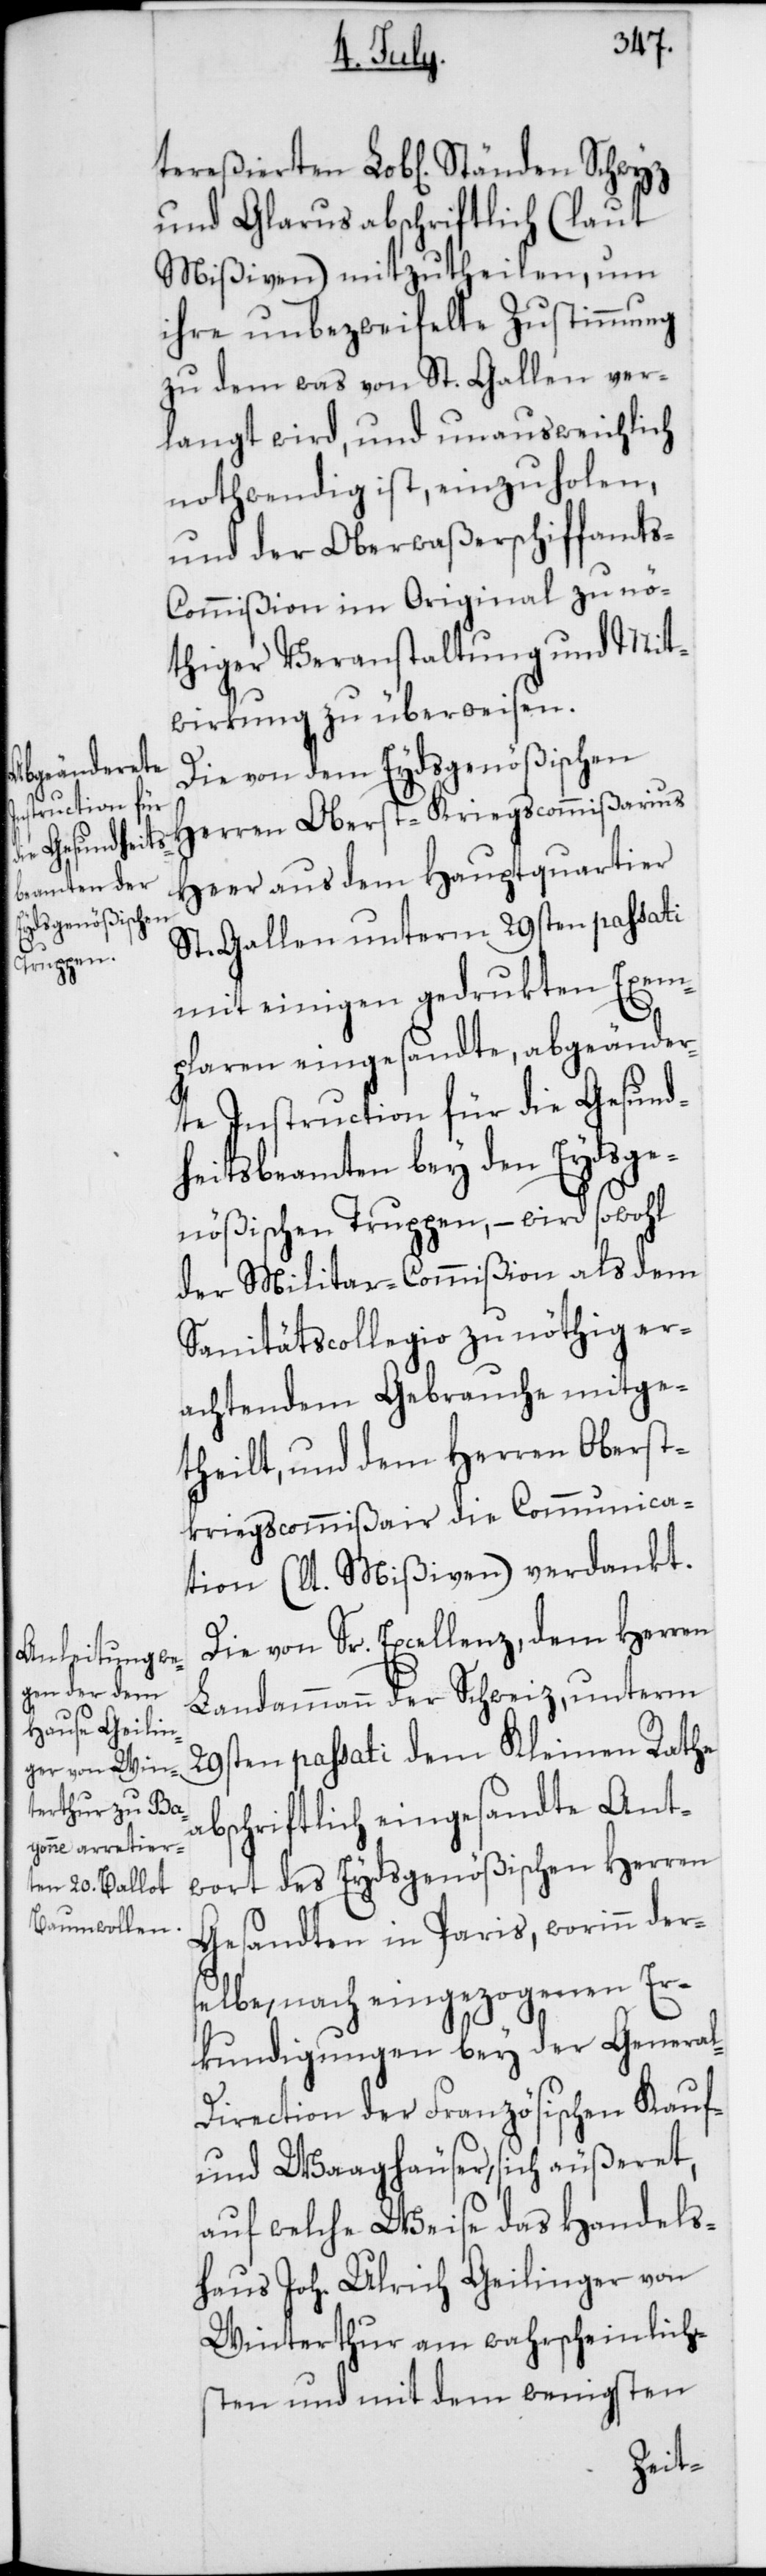
und Glarus abschriftlich (laut
Mißiven) mitzutheilen, um
ihre unbezweifelte Zustimmung
zu dem was von St. Gallen ver¬
langt wird, und unausweichlich
nothwendig ist, einzuholen,
und der Oberwaßerschiffamt¬
s-Commißion im Original zu nö¬
thiger Veranstaltung und Mit¬
wirkung zu überweisen.
Die von dem Eydsgenößischen
Herren Oberst-Kriegscommißarius
Heer aus dem Hauptquartier
St. Gallen unterm 29sten passati
mit einigen gedrukten Exem¬
plaren eingesandte, abgeänder¬
ete Instruction für die Gesund¬
heitsbeamten bey den Eydsge¬
nößischen Truppen, – wird sowohl
der Militar-Commißion als dem
Sanitätscollegio zu nöthig er¬
achtendem Gebrauche mitge¬
theilt, und dem Herren Oberst¬
kriegscommißair die Communica¬
tion (laut Mißiven) verdankt.
Die von Sr. Excellenz, dem Herren
Landammann der Schweiz, unterm
29sten passati dem Kleinen Rathe
abschriftlich eingesandte Ant¬
wort des Eydsgenößischen Herren
Gesandten in Paris, worinn der¬
selbe, nach eingezogenen Er¬
kundigungen bey der Genera¬
l-Direction der Französischen Kauf-
und Waaghäuser sich äußeret,
auf welche Weise das Handels¬
haus Joh. Ulrich Geilinger von
Winterthur am wahrscheinlich¬
sten und mit dem wenigsten